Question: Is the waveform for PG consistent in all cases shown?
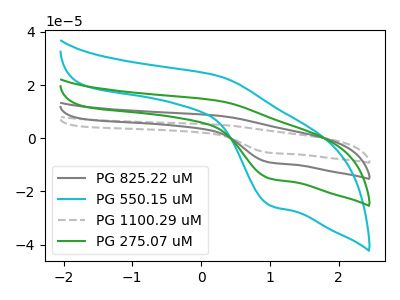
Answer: <think>The gray curve "PG 825.22 uM" has an anodic peak at (0.25V, 28.15uA) and a cathodic peak at (1.00V, -30.40uA). The cyan curve "PG 550.15 uM" has an anodic peak at (0.25V, 23.40uA) and a cathodic peak at (1.00V, -25.25uA). The gray dashed curve "PG 1100.29 uM" has an anodic peak at (0.25V, 42.20uA) and a cathodic peak at (1.00V, -45.60uA). The green curve "PG 275.07 uM" has an anodic peak at (0.25V, 14.05uA) and a cathodic peak at (1.00V, -15.20uA).
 All the peaks in "PG 825.22 uM" have a peak in "PG 550.15 uM" at the same potential. Every peak in "PG 825.22 uM" is higher than every peak in "PG 550.15 uM". All the peaks in "PG 825.22 uM" have a peak in "PG 1100.29 uM" at the same potential. Every peak in "PG 825.22 uM" is lower than every peak in "PG 1100.29 uM". All the peaks in "PG 825.22 uM" have a peak in "PG 275.07 uM" at the same potential. Every peak in "PG 825.22 uM" is higher than every peak in "PG 275.07 uM". All the peaks in "PG 550.15 uM" have a peak in "PG 1100.29 uM" at the same potential. Every peak in "PG 550.15 uM" is lower than every peak in "PG 1100.29 uM". All the peaks in "PG 550.15 uM" have a peak in "PG 275.07 uM" at the same potential. Every peak in "PG 550.15 uM" is higher than every peak in "PG 275.07 uM". All the peaks in "PG 1100.29 uM" have a peak in "PG 275.07 uM" at the same potential. Every peak in "PG 1100.29 uM" is higher than every peak in "PG 275.07 uM".</think>
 <answer>All the CV's of "PG" have similar shape.</answer>
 <eval>follow_rule</eval>